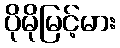
ပိုမိုမြင့်မား